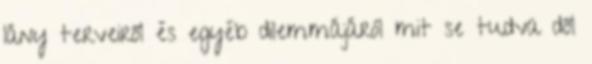
lány terveiről és egyéb dilemmájáról mit se tudva dől